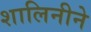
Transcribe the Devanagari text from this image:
शालिनीने